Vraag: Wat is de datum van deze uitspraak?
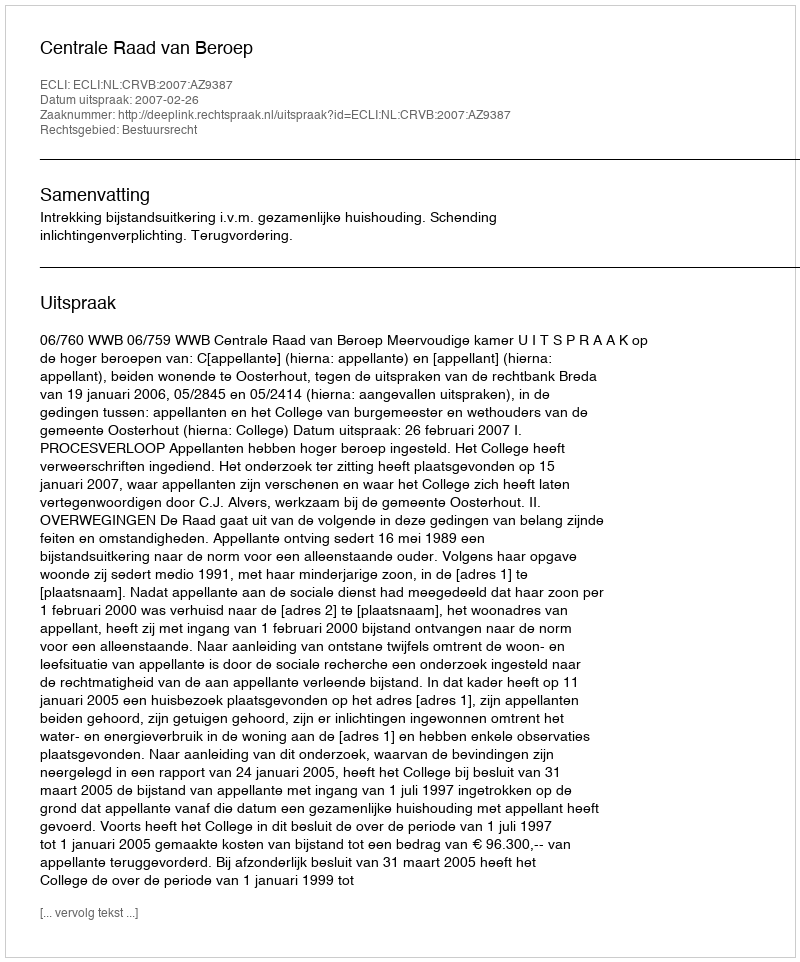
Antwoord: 2007-02-26